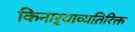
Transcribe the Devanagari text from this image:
किनाऱ्याव्यतिरिक्त